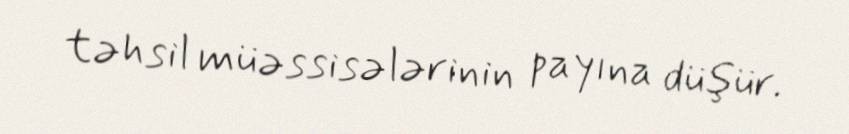
təhsil müəssisələrinin payına düşür.